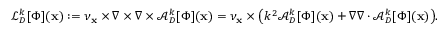
\mathcal { L } _ { D } ^ { k } [ \Phi ] ( \mathbf { x } ) : = \nu _ { \mathbf { x } } \times \nabla \times \nabla \times \mathcal { A } _ { D } ^ { k } [ \Phi ] ( \mathbf { x } ) = \nu _ { \mathbf { x } } \times \big ( k ^ { 2 } \mathcal { A } _ { D } ^ { k } [ \Phi ] ( \mathbf { x } ) + \nabla \nabla \cdot \mathcal { A } _ { D } ^ { k } [ \Phi ] ( \mathbf { x } ) \big ) .